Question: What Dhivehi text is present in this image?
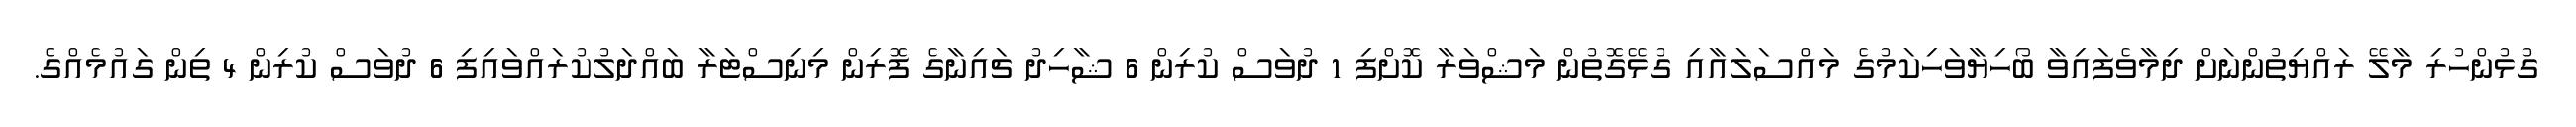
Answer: ގުޅުންހުރި މާލޭ ރައްޔިތުންނަށް ދިމާވެފައިވާ ބޯހިޔާވަހިކަމުގެ މައްސަލައާއި ގުޅޭގޮތުން މަޝްވަރާ ކޮށްފި 1 ދުވަސް ކުރިން 6 ޝާހިދު ޗައިނާގެ ފޮރިން މިނިސްޓަރާ ބައްދަލުކުރައްވައިފި 6 ދުވަސް ކުރިން 4 ތިން ގައުމެއްގެ.